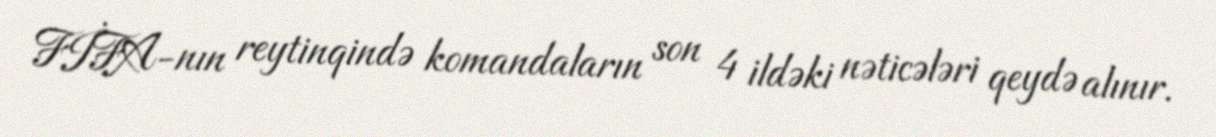
FİFA-nın reytinqində komandaların son 4 ildəki nəticələri qeydə alınır.